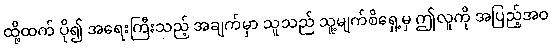
ထို့ထက် ပို၍ အရေးကြီးသည့် အချက်မှာ သူသည် သူ့မျက်စိရှေ့မှ ဤလူကို အပြည့်အဝ